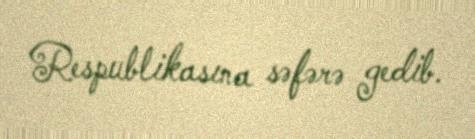
Respublikasına səfərə gedib.